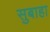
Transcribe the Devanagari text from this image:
सुबाहा